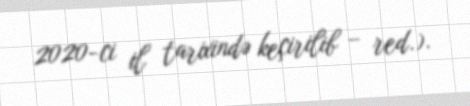
2020-ci il tarixində keçirilib – red.).